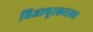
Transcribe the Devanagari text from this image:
विजापूरकराला